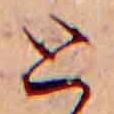
と